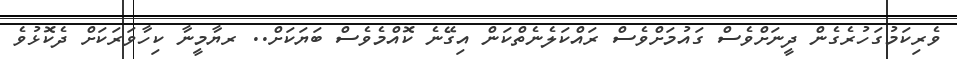
ވެރިކަމުގަހުރެގެން ދީނަށްވެސް ގައުމަށްވެސް ރައްކަލެނެތްކަން އިގޭނެ ކޮއްމެވެސް ބަޔަކަށް.. ރޔާމީނާ ކިހާވަރަކަށް ދެކޮޅުވެ